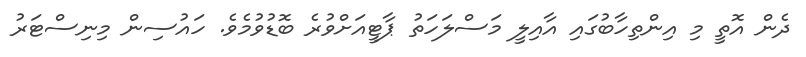
ދެން އޮތީ މި އިންތިހާބުގައި އާއިލީ މަސްލަހަތު ޕާޓީއަށްވުރެ ބޮޑުވުމެވެ. ހައުސިން މިނިސްޓަރު